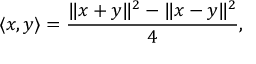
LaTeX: \langle x , y \rangle = { \frac { \| x + y \| ^ { 2 } - \| x - y \| ^ { 2 } } { 4 } } ,